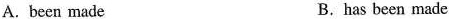
A.been made B.has been made